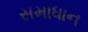
સમાધાન